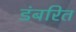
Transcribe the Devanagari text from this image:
डंबरित